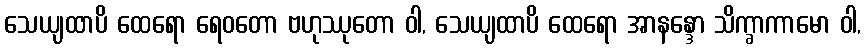
သေယျထာပိ ထေရော ရေဝတော ဗဟုဿုတော ဝါ, သေယျထာပိ ထေရော အာနန္ဒော သိက္ခာကာမော ဝါ,